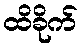
ထိခိုက်